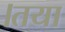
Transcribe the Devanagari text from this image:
।तया